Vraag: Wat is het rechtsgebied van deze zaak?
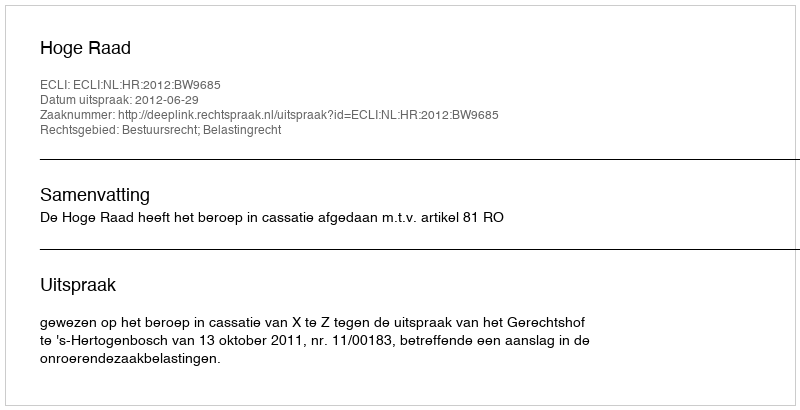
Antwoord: Bestuursrecht; Belastingrecht